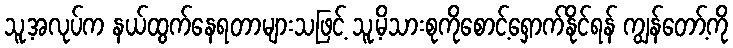
သူ့အလုပ်က နယ်ထွက်နေရတာများသဖြင့် သူ့မိသားစုကိုစောင့်ရှောက်နိုင်ရန် ကျွန်တော့်ကို